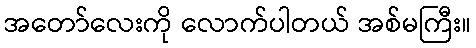
အတော်လေးကို လောက်ပါတယ် အစ်မကြီး။